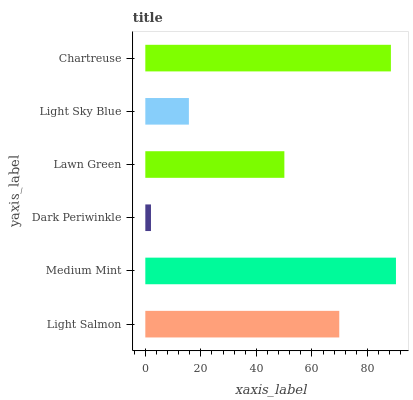
| yaxis_label | bars |
 | --- | --- |
 | Light Salmon | 69.8 |
 | Medium Mint | 90.2 |
 | Dark Periwinkle | 2.04 |
 | Lawn Green | 50.1 |
 | Light Sky Blue | 15.7 |
 | Chartreuse | 88.4 |